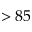
> 8 5